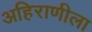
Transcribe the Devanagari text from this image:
अहिराणीला